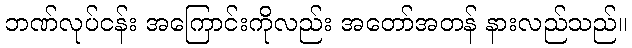
ဘဏ်လုပ်ငန်း အကြောင်းကိုလည်း အတော်အတန် နားလည်သည်။